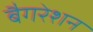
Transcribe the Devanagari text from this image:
बैगरेशन